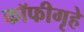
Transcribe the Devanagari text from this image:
कॉफीगृहे